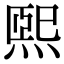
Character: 煕